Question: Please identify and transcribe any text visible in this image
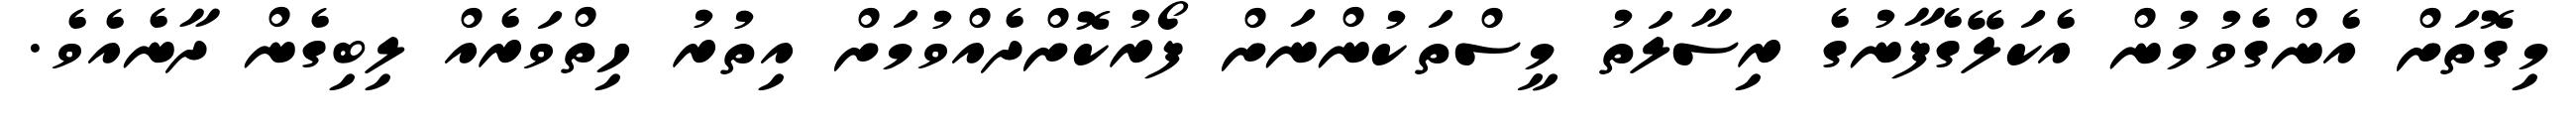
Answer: މިގޮތަށް އެންގެވުމުން އެކަލޭގެފާނުގެ ރިސާލަތު މީސްތަކުންނަށް ފޯރުކޮށްދެއްވުމަށް އިތުރު ހިތްވަރެއް ލިބިގެން ދާނެއެވެ.